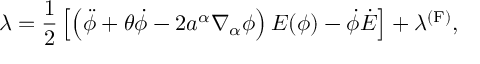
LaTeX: \lambda = \frac { 1 } { 2 } \left[ \left( \ddot { \phi } + \theta \dot { \phi } - 2 a ^ { \alpha } \nabla _ { \alpha } \phi \right) E ( \phi ) - \dot { \phi } \dot { E } \right] + \lambda ^ { \mathrm { ( F ) } } ,